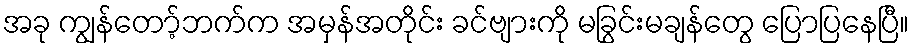
အခု ကျွန်တော့်ဘက်က အမှန်အတိုင်း ခင်ဗျားကို မခြွင်းမချန်တွေ ပြောပြနေပြီ။